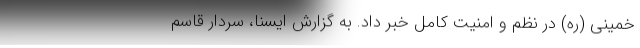
خمینی (ره) در نظم و امنیت کامل خبر داد. به گزارش ایسنا، سردار قاسم